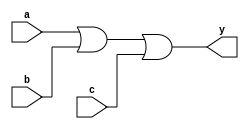
module comb_logic_block (
    input wire a,
    input wire b,
    input wire c,
    output reg y
);

always @(*)
begin
    y = a | b | c;
end

endmodule